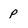
Character: P